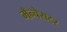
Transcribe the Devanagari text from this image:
मँन्चेसटर